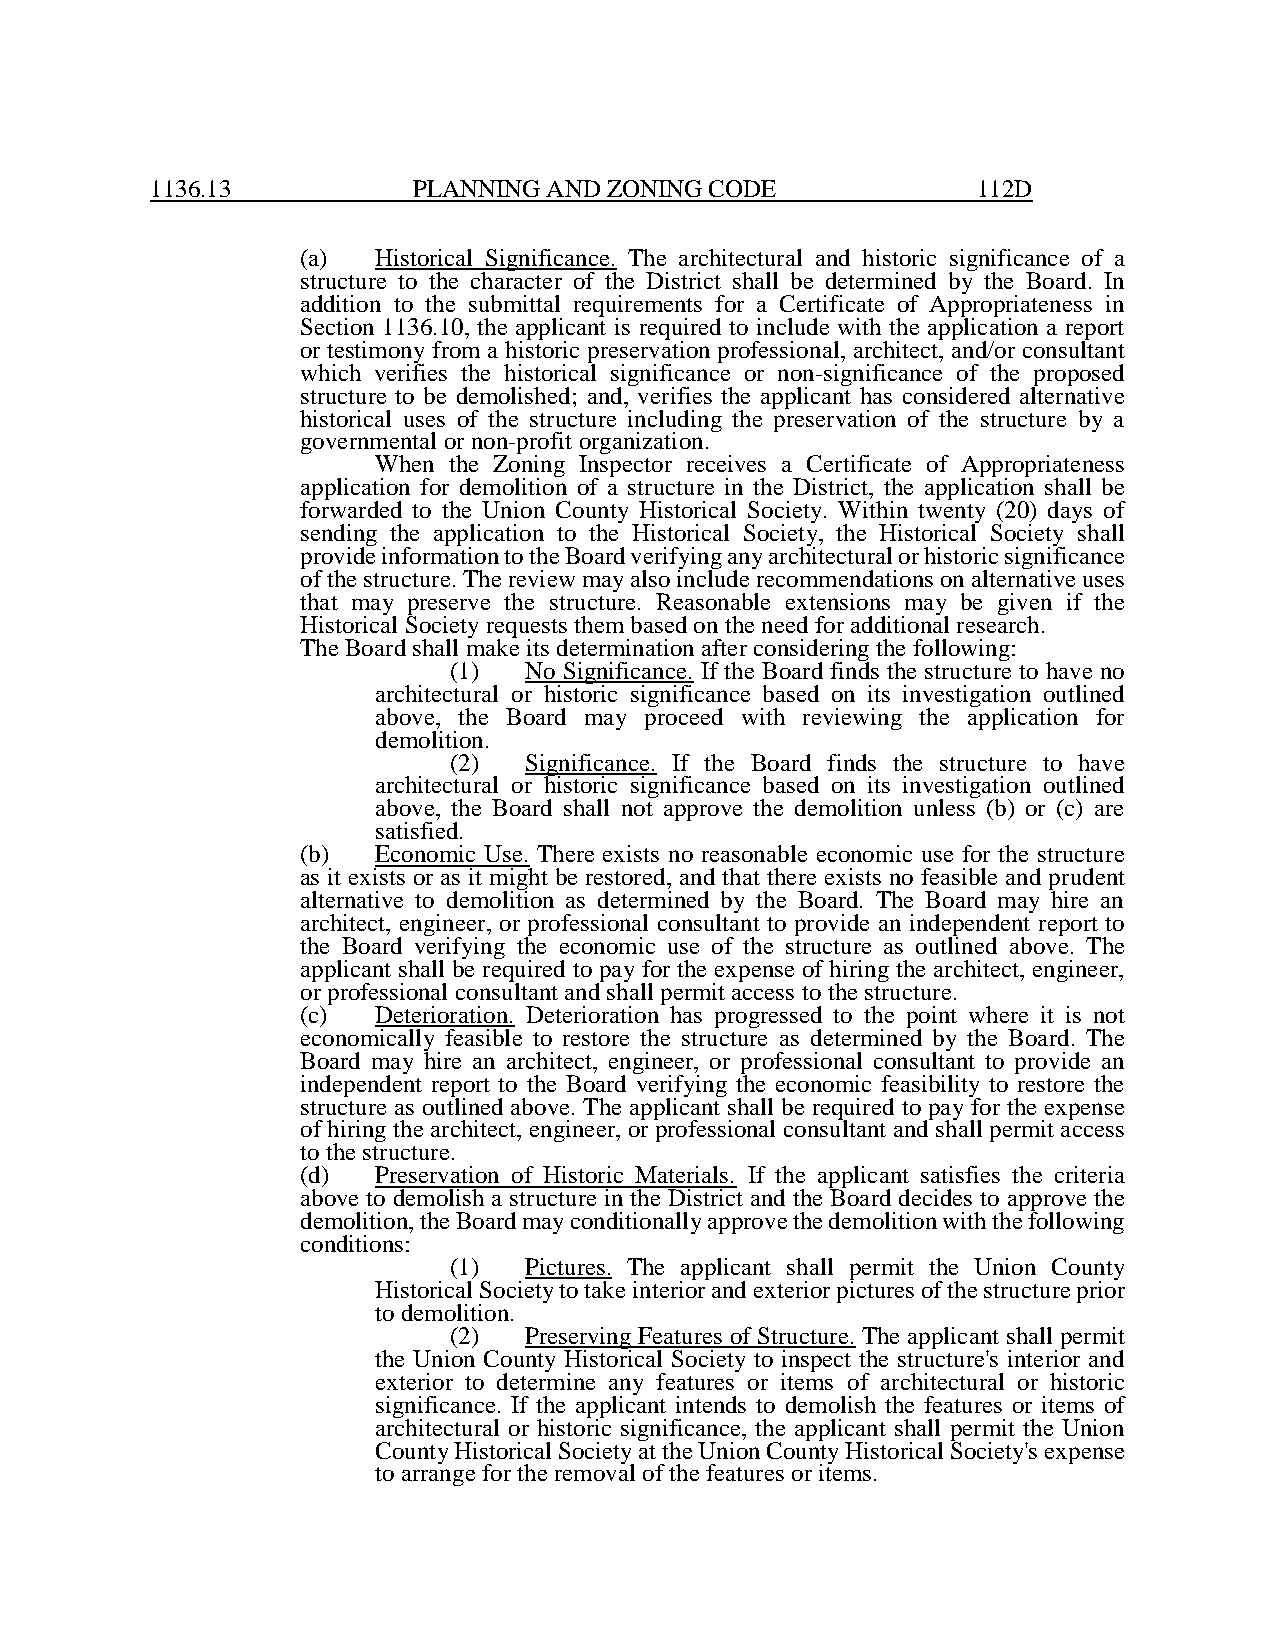
1136.13          PLANNING AND ZONING CODE              112D
 (a)  Historical Significance. The architectural and historic significance of a
 structure to the character of the District shall be determined by the Board. In
 addition to the submittal requirements for a Certificate of Appropriateness in
 Section 1136.10, the applicant is required to include with the application a report
 or testimony from a historic preservation professional, architect, and/or consultant
 which verifies the historical significance or non-significance of the proposed
 structure to be demolished; and, verifies the applicant has considered alternative
 historical uses of the structure including the preservation of the structure by a
 governmental or non-profit organization.
 When the Zoning Inspector receives a Certificate of Appropriateness
 application for demolition of a structure in the District, the application shall be
 forwarded to the Union County Historical Society. Within twenty (20) days of
 sending the application to the Historical Society, the Historical Society shall
 provide information to the Board verifying any architectural or historic significance
 of the structure. The review may also include recommendations on alternative uses
 that may preserve the structure. Reasonable extensions may be given if the
 Historical Society requests them based on the need for additional research.
 The Board shall make its determination after considering the following:
 (1)  No Significance. If the Board finds the structure to have no
 architectural or historic significance based on its investigation outlined
 above, the Board may proceed with reviewing the application for
 demolition.
 (2)  Significance. If the Board finds the structure to have
 architectural or historic significance based on its investigation outlined
 above, the Board shall not approve the demolition unless (b) or (c) are
 satisfied.
 (b)  Economic Use. There exists no reasonable economic use for the structure
 as it exists or as it might be restored, and that there exists no feasible and prudent
 alternative to demolition as determined by the Board. The Board may hire an
 architect, engineer, or professional consultant to provide an independent report to
 the Board verifying the economic use of the structure as outlined above. The
 applicant shall be required to pay for the expense of hiring the architect, engineer,
 or professional consultant and shall permit access to the structure.
 (c)  Deterioration. Deterioration has progressed to the point where it is not
 economically feasible to restore the structure as determined by the Board. The
 Board may hire an architect, engineer, or professional consultant to provide an
 independent report to the Board verifying the economic feasibility to restore the
 structure as outlined above. The applicant shall be required to pay for the expense
 of hiring the architect, engineer, or professional consultant and shall permit access
 to the structure.
 (d)  Preservation of Historic Materials. If the applicant satisfies the criteria
 above to demolish a structure in the District and the Board decides to approve the
 demolition, the Board may conditionally approve the demolition with the following
 conditions:
 (1)  Pictures. The applicant shall permit the Union County
 Historical Society to take interior and exterior pictures of the structure prior
 to demolition.
 (2)  Preserving Features of Structure. The applicant shall permit
 the Union County Historical Society to inspect the structure's interior and
 exterior to determine any features or items of architectural or historic
 significance. If the applicant intends to demolish the features or items of
 architectural or historic significance, the applicant shall permit the Union
 County Historical Society at the Union County Historical Society's expense
 to arrange for the removal of the features or items.